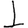
Digit: 1